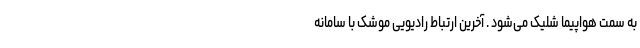
به سمت هواپیما شلیک می‌شود . آخرین ارتباط رادیویی موشک با سامانه